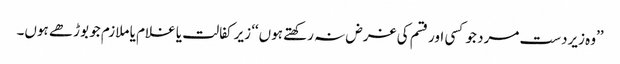
’’وہ زیردست مرد جو کسی اور قسم کی غرض نہ رکھتے ہوں‘‘ زیر کفالت یا غلام یا ملازم جو بوڑھے ہوں۔